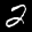
Label: 2